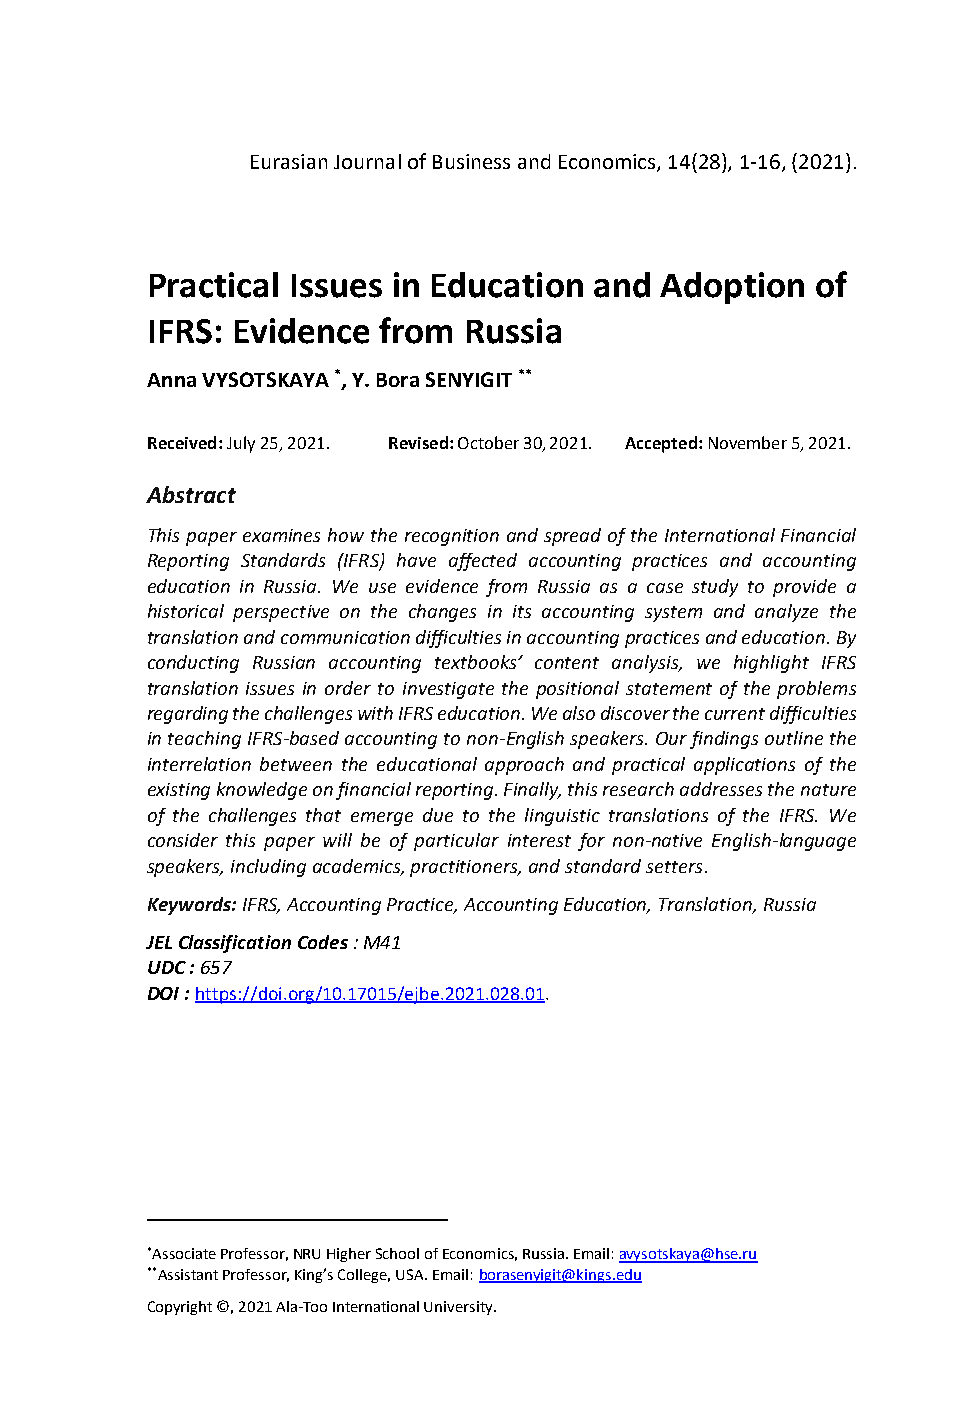
Eurasian Journal of Business and Economics, 14(28), 1-16, (2021).
 Practical Issues in Education and Adoption  of
 IFRS: Evidence from  Russia
 Anna VYSOTSKAYA *, Y. Bora SENYIGIT **
 Received: July 25, 2021. Revised: October 30, 2021. Accepted: November 5, 2021.
 Abstract
 This paper examines how the recognition and spread of the International Financial
 Reporting Standards (IFRS) have affected accounting practices and accounting
 education in Russia. We use evidence from Russia as a case study to provide a
 historical perspective on the changes in its accounting system and analyze the
 translation and communication difficulties in accounting practices and education. By
 conducting Russian accounting textbooks’ content analysis, we highlight IFRS
 translation issues in order to investigate the positional statement of the problems
 regarding the challenges with IFRS education. We also discover the current difficulties
 in teaching IFRS-based accounting to non-English speakers. Our findings outline the
 interrelation between the educational approach and practical applications of the
 existing knowledge on financial reporting. Finally, this research addresses the nature
 of the challenges that emerge due to the linguistic translations of the IFRS. We
 consider this paper will be of particular interest for non-native English-language
 speakers, including academics, practitioners, and standard setters.
 Keywords: IFRS, Accounting Practice, Accounting Education, Translation, Russia
 JEL Classification Codes : M41
 UDC : 657
 DOI : https://doi.org/10.17015/ejbe.2021.028.01.
 *Associate Professor, NRU Higher School of Economics, Russia. Email: avysotskaya@hse.ru
 **Assistant Professor, King’s College, USA. Email: borasenyigit@kings.edu
 Copyright ©, 2021 Ala-Too International University.